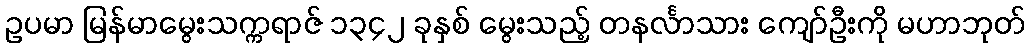
ဥပမာ မြန်မာမွေးသက္ကရာဇ် ၁၃၄၂ ခုနှစ် မွေးသည့် တနင်္လာသား ကျော်ဦးကို မဟာဘုတ်